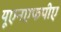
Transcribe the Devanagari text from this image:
यूएनएफपीए